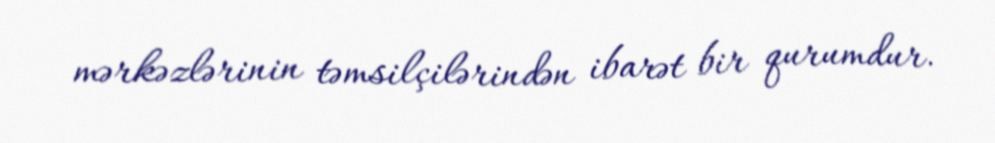
mərkəzlərinin təmsilçilərindən ibarət bir qurumdur.